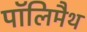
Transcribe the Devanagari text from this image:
पॉलिमैथ